Report of the Municipal Commissioner on the plague in Bombay for the year ending 31st May... - Volume 1
Disease focus: Plague
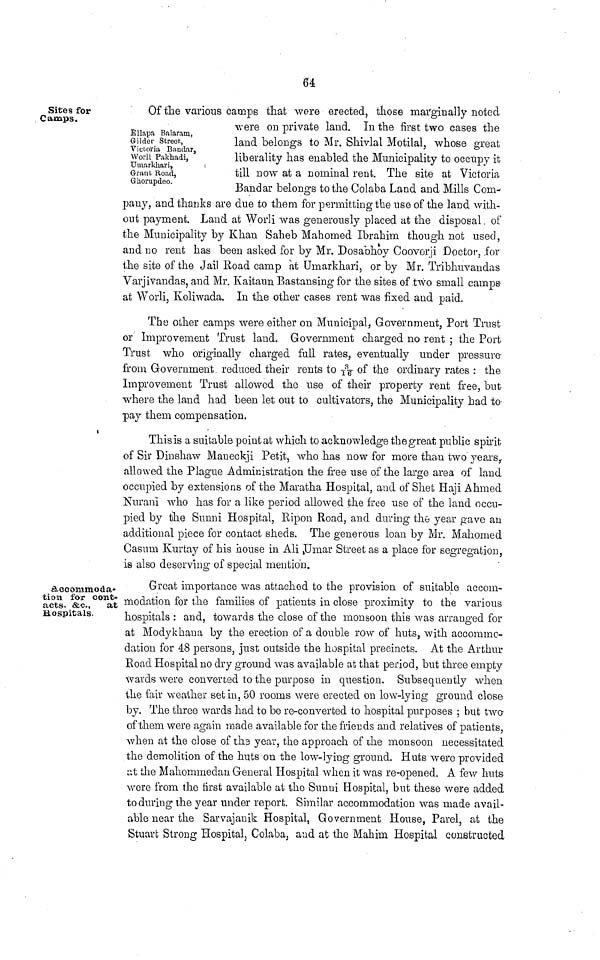
64
Sites for
Camps.
Ellapa Balaram,
Gilder Street,
Victoria Bandar,
Worli Pakhadi,
UmarkkarL,
Grant Road,
Ghorupdeo.
Of the various campe that were erected, those marginally noted
were on private land. In the first two cases the
land belongs to Mr. Shivlal Motilal, whose great
liberality has enabled the Municipality to occupy it
till now at a nominal rent. The site at Victoria
Bandar belongs to the Colaba Land and Mills Com-
pany, and thanks are due to them for permitting the use of the land with-
out payment. Land at Worli was generously placed at the disposal of
the Municipality by Khan Saheb Mahomed Ibrahim though not used,
and no rent has been asked for by Mr. Dosabhoy Cooverji Doctor, .for
the site of the Jail Road camp at Umarkhari, or by Mr. Tribhuvaudas
Varjivandas, and Mr. Kaitaun Bastansing for the sites of two small camps
at Worli, Koliwada. In the other cases rent was fixed and paid.
The other camps were either on Municipal, Government, Port Trust
or Improvement Trust land. Government charged no rent ; the Port
Trust who originally charged full rates, eventually under pressure
from Government reduced their rents to 3/16 of the ordinary rates : the
Improvement Trust allowed the use of their property rent free, but
where the land had been let out to cultivators, the Municipality had to
pay them compensation.
This is a suitable point at which to acknowledge the great public spirit
of Sir Dinshaw Maneckji Petit, who has now for more than two years,
allowed the Plague Administration the free use of the large area of land
occupied by extensions of the Maratha Hospital, and of Shet Haji Ahmed
Nurani who has for a like period allowed the free use of the land occu-
pied by the Sunni Hospital, Ripon Road, and during the year gave an
additional piece for contact sheds. The generous loan by Mr. Mahomed
Casum Kurtay of his house in Ali, Umar Street as a place for segregation,
is also deserving of special mention.
Accommoda-
tion for cont-
acts. &c.,
at
Hospitals.
Great importance was attached to the provision of suitable accom-
modation for the families of patients in close proximity to the various
hospitals : and, towards the close of the monsoon this was arranged for
at Modykhana by the erection of a double row of huts, with accommo-
dation for 48 persons, just outside the hospital precincts. At the Arthur
Road Hospital no dry ground was available at that period, but three empty
wards were converted to the purpose in question. Subsequently when
the fair weather set in, 50 rooms were erected on low-lying ground close
by. The three wards had to be re-converted to hospital purposes ; but two-
of them were again made available for the friends and relatives of patients,
when at the close of the year, the approach of the monsoon necessitated
the demolition of the huts on the low-lying ground. Huts were provided
at the Mahommedan General Hospital when it was re-opened. A few huts
were from the first available at the Sunni Hospital, but these were added
to during the year under report. Similar accommodation was made avail-
able near the Sarvajanik Hospital, Government House, Parel, at the
Stuart Strong Hospital, Colaba, and at the Mahim Hospital constructed